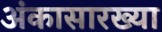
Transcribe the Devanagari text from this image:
अंकासारख्या